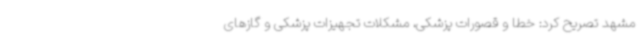
مشهد تصریح کرد: خطا و قصورات پزشکی، مشکلات تجهیزات پزشکی و گازهای